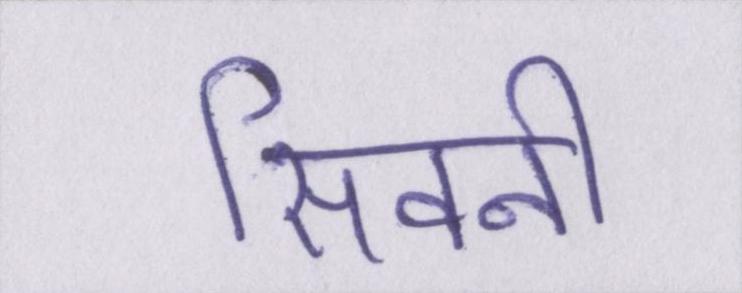
सिवनी